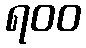
ရ၀၀